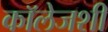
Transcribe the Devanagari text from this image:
कॉलेजशी